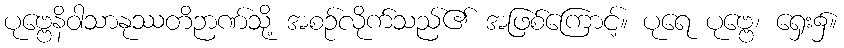
ပုဗ္ဗေနိဝါသာနုဿတိဉာဏ်သို့ အစဉ်လိုက်သည်၏ အဖြစ်ကြောင့်။ ပုရေ ပုဗ္ဗေ၊ ရှေး၌။